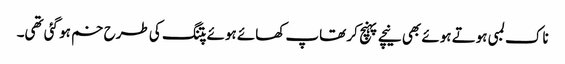
ناک لمبی ہوتے ہوئے بھی نیچے پہنچ کر تھاپ کھائے ہوئے پتنگ کی طرح خم ہو گئی تھی۔